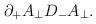
LaTeX: \begin{align*}\partial_+A_\perp D_-A_\perp.\end{align*}